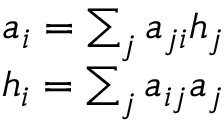
\begin{array} { r } { a _ { i } = \sum _ { j } a _ { j i } h _ { j } } \\ { h _ { i } = \sum _ { j } a _ { i j } a _ { j } } \end{array}